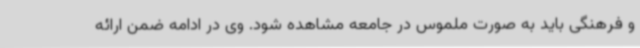
و فرهنگی باید به صورت ملموس در جامعه مشاهده شود. وی در ادامه ضمن ارائه